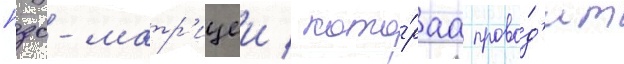
пзс-матр'ицеи / кото́раа прово́д'ит